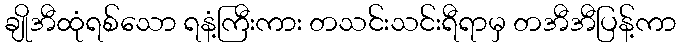
ချိုအီထုံရစ်သော ရနံ့ကြီးကား တသင်းသင်းရီရာမှ တအီအီပြန့်ကာ